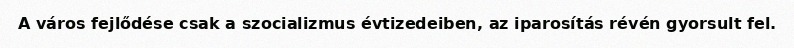
A város fejlődése csak a szocializmus évtizedeiben, az iparosítás révén gyorsult fel.